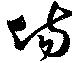
場